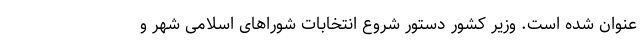
عنوان شده است. وزیر کشور دستور شروع انتخابات شوراهای اسلامی شهر و